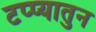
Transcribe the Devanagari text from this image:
टप्प्यातुन